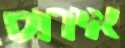
אירוס